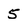
Character: 5